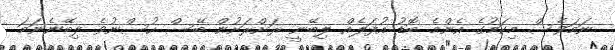
ނަމަވެސް މިކަމުގެ އެންމެ ބޮޑު އުފަލެއް ލިބޭނީ ރަށްރަށުން ބޭސް ހުސްނުވެ ލިބޭނެނަމަ